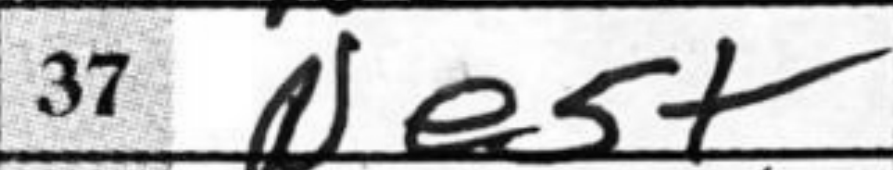
Transcription: Ne5+